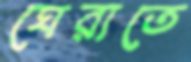
ঘেরাতে